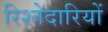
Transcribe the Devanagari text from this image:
रिश्तेदारियों